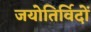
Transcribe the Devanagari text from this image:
जयोतिर्विदों